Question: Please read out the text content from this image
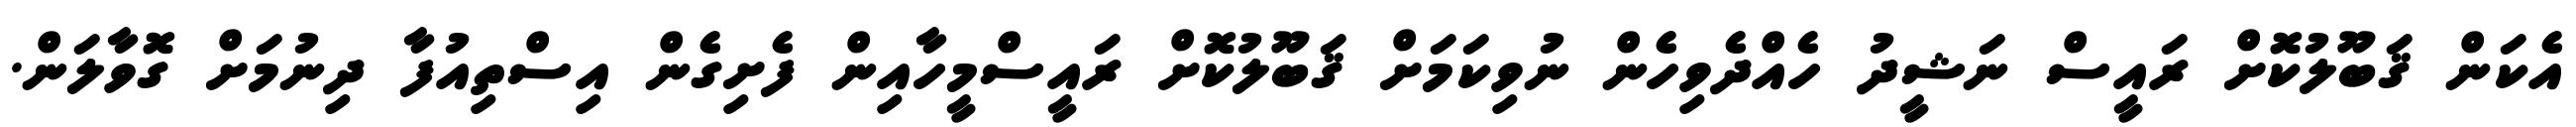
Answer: އެކަން ޤަބޫލުކޮށް ރައީސް ނަޝީދު ހެއްދެވިހެން ނުވިކަމަށް ޤަބޫލުކޮށް ރައީސްމީހާއިން ފެށިގެން އިސްތިއުފާ ދިނުމަށް ގޮވާލަން.